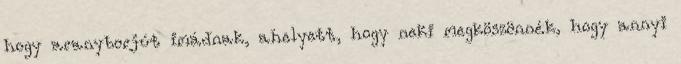
hogy aranyborjút imádnak, ahelyett, hogy neki megköszönnék, hogy annyi